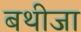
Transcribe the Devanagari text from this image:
बथीजा